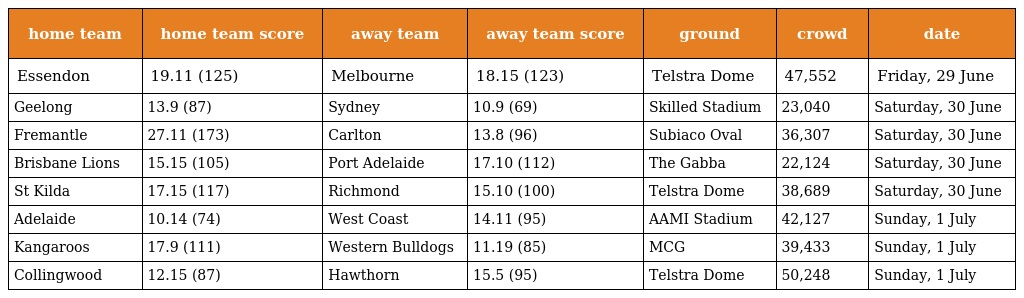
| home team | home team score | away team | away team score | ground | crowd | date |
 | --- | --- | --- | --- | --- | --- | --- |
 | Essendon | 19.11 (125) | Melbourne | 18.15 (123) | Telstra Dome | 47,552 | Friday, 29 June |
 | Geelong | 13.9 (87) | Sydney | 10.9 (69) | Skilled Stadium | 23,040 | Saturday, 30 June |
 | Fremantle | 27.11 (173) | Carlton | 13.8 (96) | Subiaco Oval | 36,307 | Saturday, 30 June |
 | Brisbane Lions | 15.15 (105) | Port Adelaide | 17.10 (112) | The Gabba | 22,124 | Saturday, 30 June |
 | St Kilda | 17.15 (117) | Richmond | 15.10 (100) | Telstra Dome | 38,689 | Saturday, 30 June |
 | Adelaide | 10.14 (74) | West Coast | 14.11 (95) | AAMI Stadium | 42,127 | Sunday, 1 July |
 | Kangaroos | 17.9 (111) | Western Bulldogs | 11.19 (85) | MCG | 39,433 | Sunday, 1 July |
 | Collingwood | 12.15 (87) | Hawthorn | 15.5 (95) | Telstra Dome | 50,248 | Sunday, 1 July |